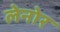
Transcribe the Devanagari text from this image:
लेनोर